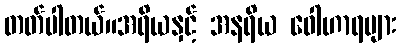
တတ်ပါတယ်။အရိယနှင့် အနရိယ ဝေါဟာရများ